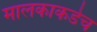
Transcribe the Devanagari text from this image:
मालकाकडेच